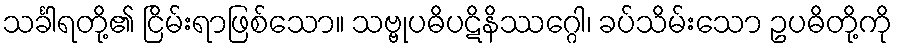
သင်္ခါရတို့၏ ငြိမ်းရာဖြစ်သော။ သဗ္ဗုပဓိပဋိနိဿဂ္ဂေါ၊ ခပ်သိမ်းသော ဥပဓိတို့ကို